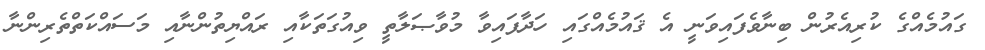
ގައުމެއްގެ ކުރިއެރުން ބިނާވެފައިވަނީ އެ ޤައުމެއްގައި ހަދާފައިވާ މުވާޞަލާތީ ވިއުގަތަކާއި ރައްޔިތުންނާއި މަސައްކަތްތެރިންނާ